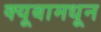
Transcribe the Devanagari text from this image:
क्यूबामधून